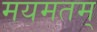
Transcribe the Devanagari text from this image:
मयमतम्